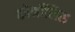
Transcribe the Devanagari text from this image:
कोर्नोलिस